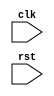
module arm(input clk, rst);
endmodule